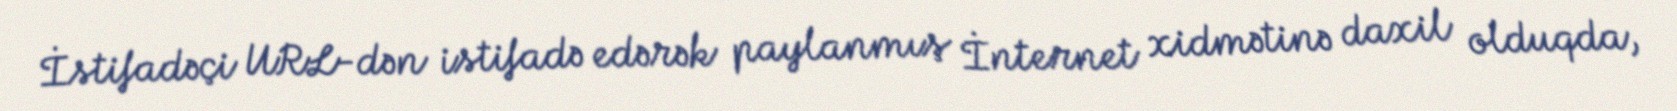
İstifadəçi URL-dən istifadə edərək paylanmış İnternet xidmətinə daxil olduqda,